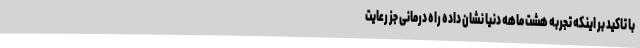
با تاکید بر اینکه تجربه هشت ماهه دنیا نشان داده راه درمانی جز رعایت